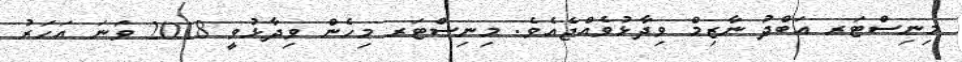
މިނިސްޓަރ އަބްދު ނާޒިމް ވިދާޅުވެއްޖެއެވެ. މިނިސްޓަރ މިހެން ވިދާޅުވީ 2018 ވަނަ އަހަރު